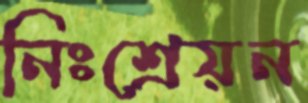
নিঃশ্রেয়ন